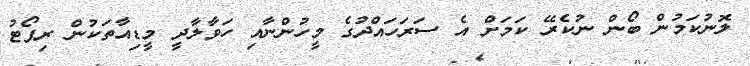
ލޮނުކަމުން ބޯން ނުކެރޭ ކަމަށް އެ ސަރަހައްދުގެ މީހުންނާއި ހަވާލާދީ މީޑިއާތަކުން ރިޕޯޓު